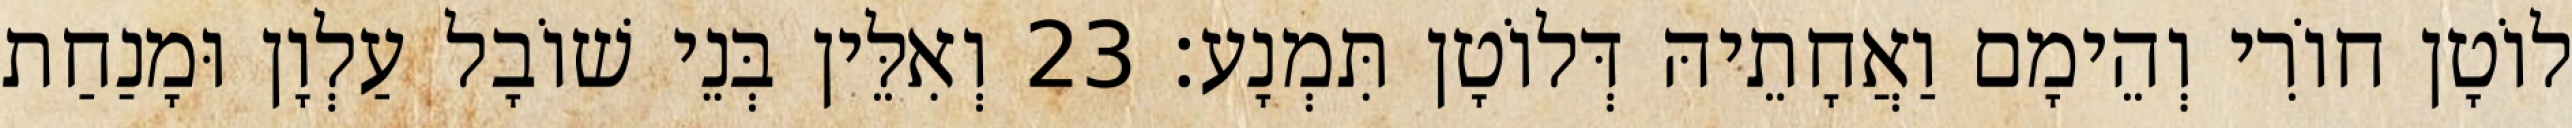
לוֹטָן חוֹרִי וְהֵימָם וַאֲחָתֵיהּ דְּלוֹטָן תִּמְנָע׃ 23 וְאִלֵּין בְּנֵי שׁוֹבָל עַלְוָן וּמָנַחַת